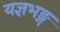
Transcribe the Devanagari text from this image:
यज्ञभङ्ग